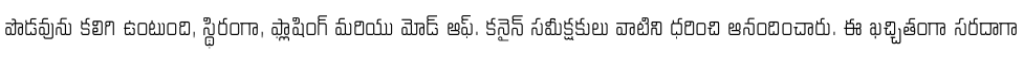
పొడవును కలిగి ఉంటుంది, స్థిరంగా, ఫ్లాషింగ్ మరియు మోడ్ ఆఫ్. కనైన్ సమీక్షకులు వాటిని ధరించి ఆనందించారు. ఈ ఖచ్చితంగా సరదాగా